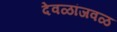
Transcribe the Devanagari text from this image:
देवळांजवळ